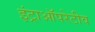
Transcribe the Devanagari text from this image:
इंट्राऑपरेटीव